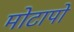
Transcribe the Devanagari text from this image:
मोटापो